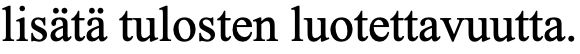
lisätä tulosten luotettavuutta.